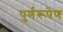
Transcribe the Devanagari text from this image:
पुर्णरूपेण